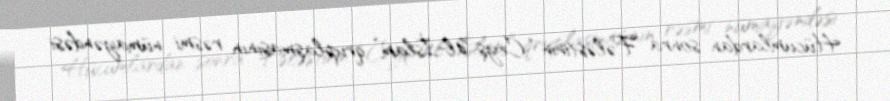
Hücumlardan sonra Fələstinin “Ceyş Əl-İslam” qruplaşmasının rəsmi nümayəndəsi